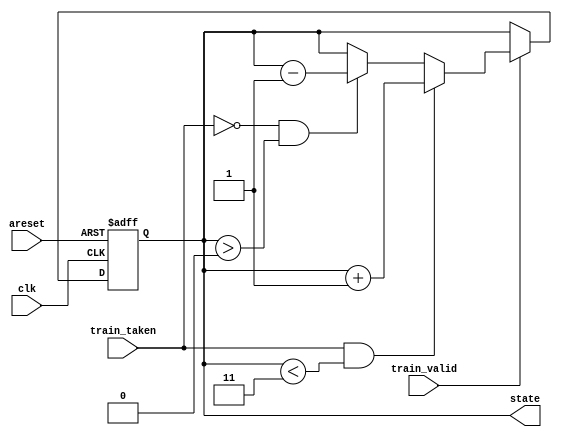
module top_module(
    input clk,
    input areset,
    input train_valid,
    input train_taken,
    output [1:0] state
);
    reg [1:0] next_state;
    always @(posedge clk, posedge areset) begin
        if (areset)
            state <= 2'b01;
        else
            state <= next_state;
    end
    always @(*) begin
        if (train_valid) begin
            if (train_taken && state < 3)
                next_state = state + 1'b01;
            else if (!train_taken && state > 0)
                next_state = state - 1'b01;
            else
                next_state = state;
        end
        else
            next_state = state;
    end
endmodule